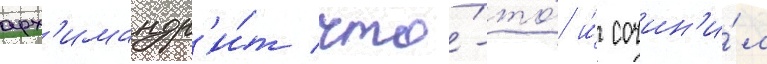
арх'имандр'и́т что́-то́ и́ сочин'и́л